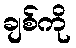
ချစ်ကို